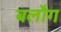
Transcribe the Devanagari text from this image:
बलौग